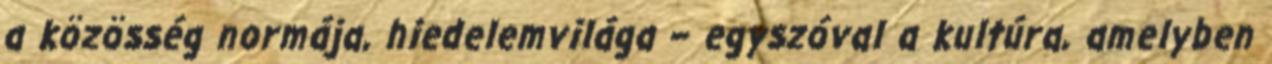
a közösség normája, hiedelemvilága – egyszóval a kultúra, amelyben